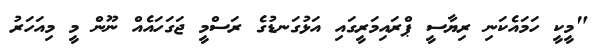
"މީކީ ހަމައެކަނި ރިޔާސީ ޕްރައިމަރީގައި އަޅުގަނޑުގެ ރަސްމީ ޖަގަހައެއް ނޫން މީ މިއަހަރު